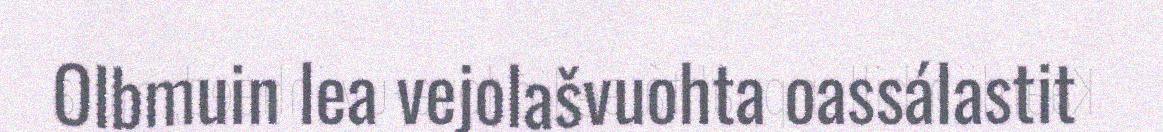
Olbmuin lea vejolašvuohta oassálastit